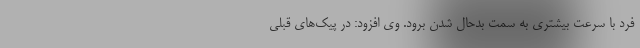
فرد با سرعت بیشتری به سمت بدحال شدن برود. وی افزود: در پیک‌های قبلی